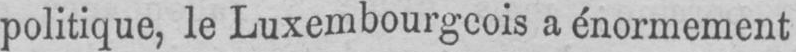
politique, le Luxembourgeois a énormément